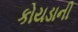
કોયડાની